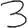
Digit: 3